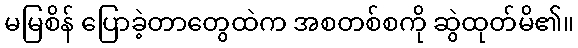
မမြစိန် ပြောခဲ့တာတွေထဲက အစတစ်စကို ဆွဲထုတ်မိ၏။